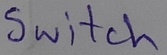
Text: Switch